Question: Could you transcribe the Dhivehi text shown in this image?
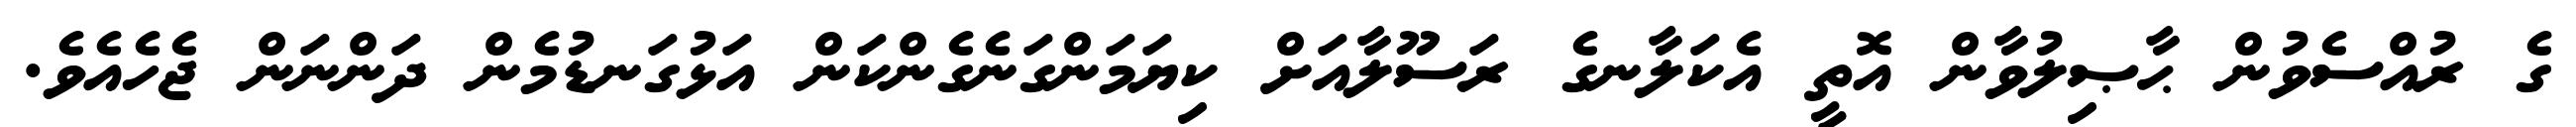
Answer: ގެ ރުއްސެވުން ޙާޞިލުވާން އޮތީ އެކަލާނގެ ރަސޫލާއަށް ކިޔަމަންގަނެގެންކަން އަޅުގަނޑުމެން ދަންނަން ޖެހެއެވެ.